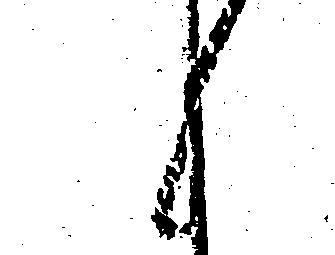
候